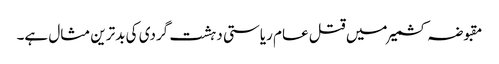
مقبوضہ کشمیر میں قتل عام ریاستی دہشت گردی کی بدترین مثال ہے۔